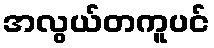
အလွယ်တကူပင်